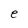
Character: e